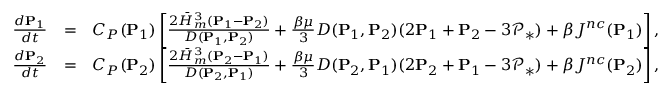
\begin{array} { r l r } & { } & \\ { \frac { d \mathbf { P } _ { 1 } } { d t } } & { = } & { C _ { P } ( \mathbf { P } _ { 1 } ) \left[ \frac { 2 \bar { H } _ { m } ^ { 3 } ( \mathbf { P } _ { 1 } - \mathbf { P } _ { 2 } ) } { D ( \mathbf { P } _ { 1 } , \mathbf { P } _ { 2 } ) } + { \frac { \beta \mu } { 3 } } D ( \mathbf { P } _ { 1 } , \mathbf { P } _ { 2 } ) ( 2 \mathbf { P } _ { 1 } + \mathbf { P } _ { 2 } - 3 \mathcal { P } _ { * } ) + \beta J ^ { n c } ( \mathbf { P } _ { 1 } ) \right] , } \\ { \frac { d \mathbf { P } _ { 2 } } { d t } } & { = } & { C _ { P } ( \mathbf { P } _ { 2 } ) \left[ \frac { 2 \bar { H } _ { m } ^ { 3 } ( \mathbf { P } _ { 2 } - \mathbf { P } _ { 1 } ) } { D ( \mathbf { P } _ { 2 } , \mathbf { P } _ { 1 } ) } + { \frac { \beta \mu } { 3 } } D ( \mathbf { P } _ { 2 } , \mathbf { P } _ { 1 } ) ( 2 \mathbf { P } _ { 2 } + \mathbf { P } _ { 1 } - 3 \mathcal { P } _ { * } ) + \beta J ^ { n c } ( \mathbf { P } _ { 2 } ) \right] , } \end{array}